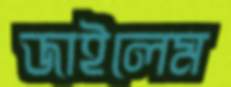
জাইলেম